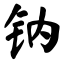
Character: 钠